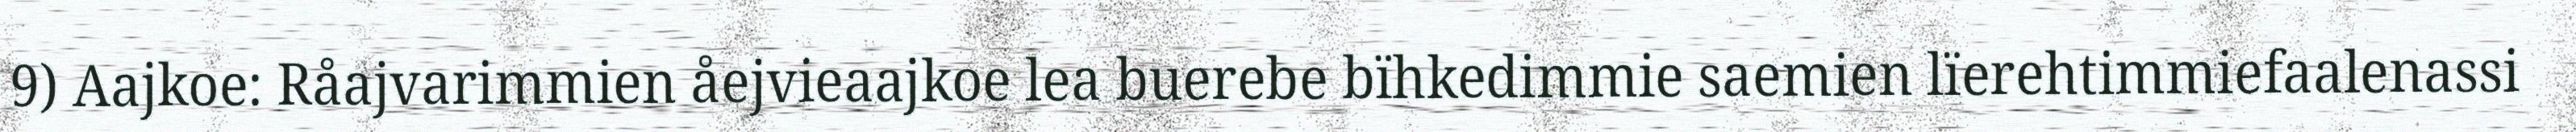
9) Aajkoe: Råajvarimmien åejvieaajkoe lea buerebe bïhkedimmie saemien lïerehtimmiefaalenassi